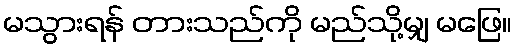
မသွားရန် တားသည်ကို မည်သို့မျှ မဖြေ။